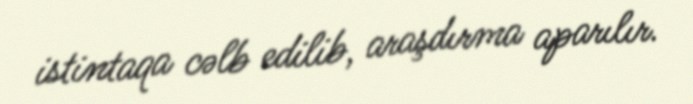
istintaqa cəlb edilib, araşdırma aparılır.